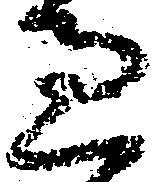
過